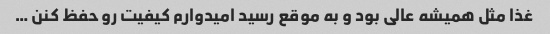
غذا مثل همیشه عالی بود و به موقع رسید امیدوارم کیفیت رو حفظ کنن …